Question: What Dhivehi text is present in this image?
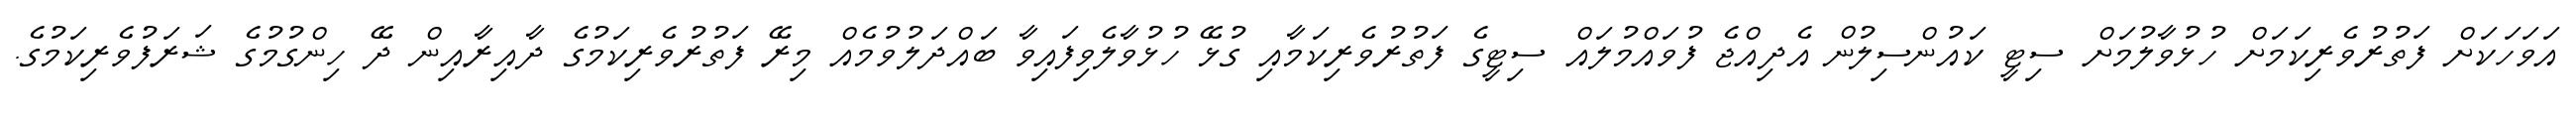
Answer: އަވަހަކަށް ފަތުރުވެރިކަމަށް ހުޅުވާލުމަށް ސިޓީ ކައުންސިލުން އެދިއްޖެ ފުވައްމުލައް ސިޓީގެ ފަތުރުވެރިކަމާއި ގުޅޭ ހުޅުވާލެވިފައިވާ ބައްދަލުވުމެއް މިރޭ ފަތުރުވެރިކަމުގެ ދާއިރާއިން ދޭ ހިންގުމުގެ ޝަރަފުވެރިކަމުގެ.